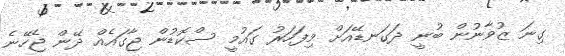
ގިނަ ޒުވާނުން ބުނީ ދަގަނޑޭއަށް މިފަހަރު ގައުމީ ސްކޮޑުން ޖާގައެއް ދޭން ޖެހޭނެ